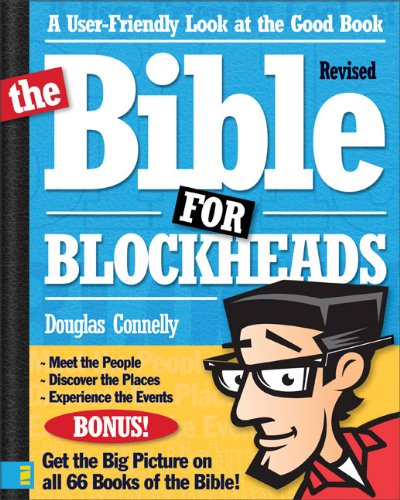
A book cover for The Bible for Blockheads---Revised Edition: A User-Friendly Look at the Good Book; Douglas Connelly; Christian Books & Bibles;